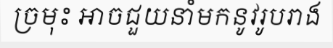
ច្រមុះ អាចជួយនាំមកនូវរូបរាង